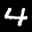
Label: 4